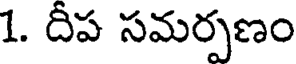
1. దీప సమర్పణం